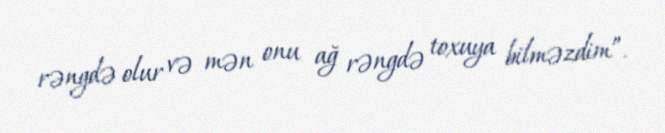
rəngdə olur və mən onu ağ rəngdə toxuya bilməzdim”.